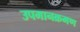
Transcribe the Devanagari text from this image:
उपमानक्रमण